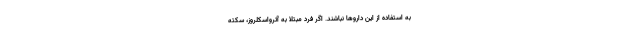
به استفاده از این داروها نباشند. اگر فرد مبتلا به آترواسکلروز، سکته